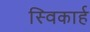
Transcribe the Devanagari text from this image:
स्विकार्ह